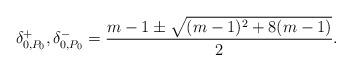
LaTeX: \begin{align*}\delta_{0,P_0}^{+},\delta_{0,P_0}^{-}=\frac{m-1\pm \sqrt{(m-1)^{2}+8(m-1)}}{2}.\end{align*}